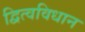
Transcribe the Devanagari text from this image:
द्वित्वविधान